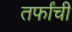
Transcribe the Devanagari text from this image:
तर्फांची